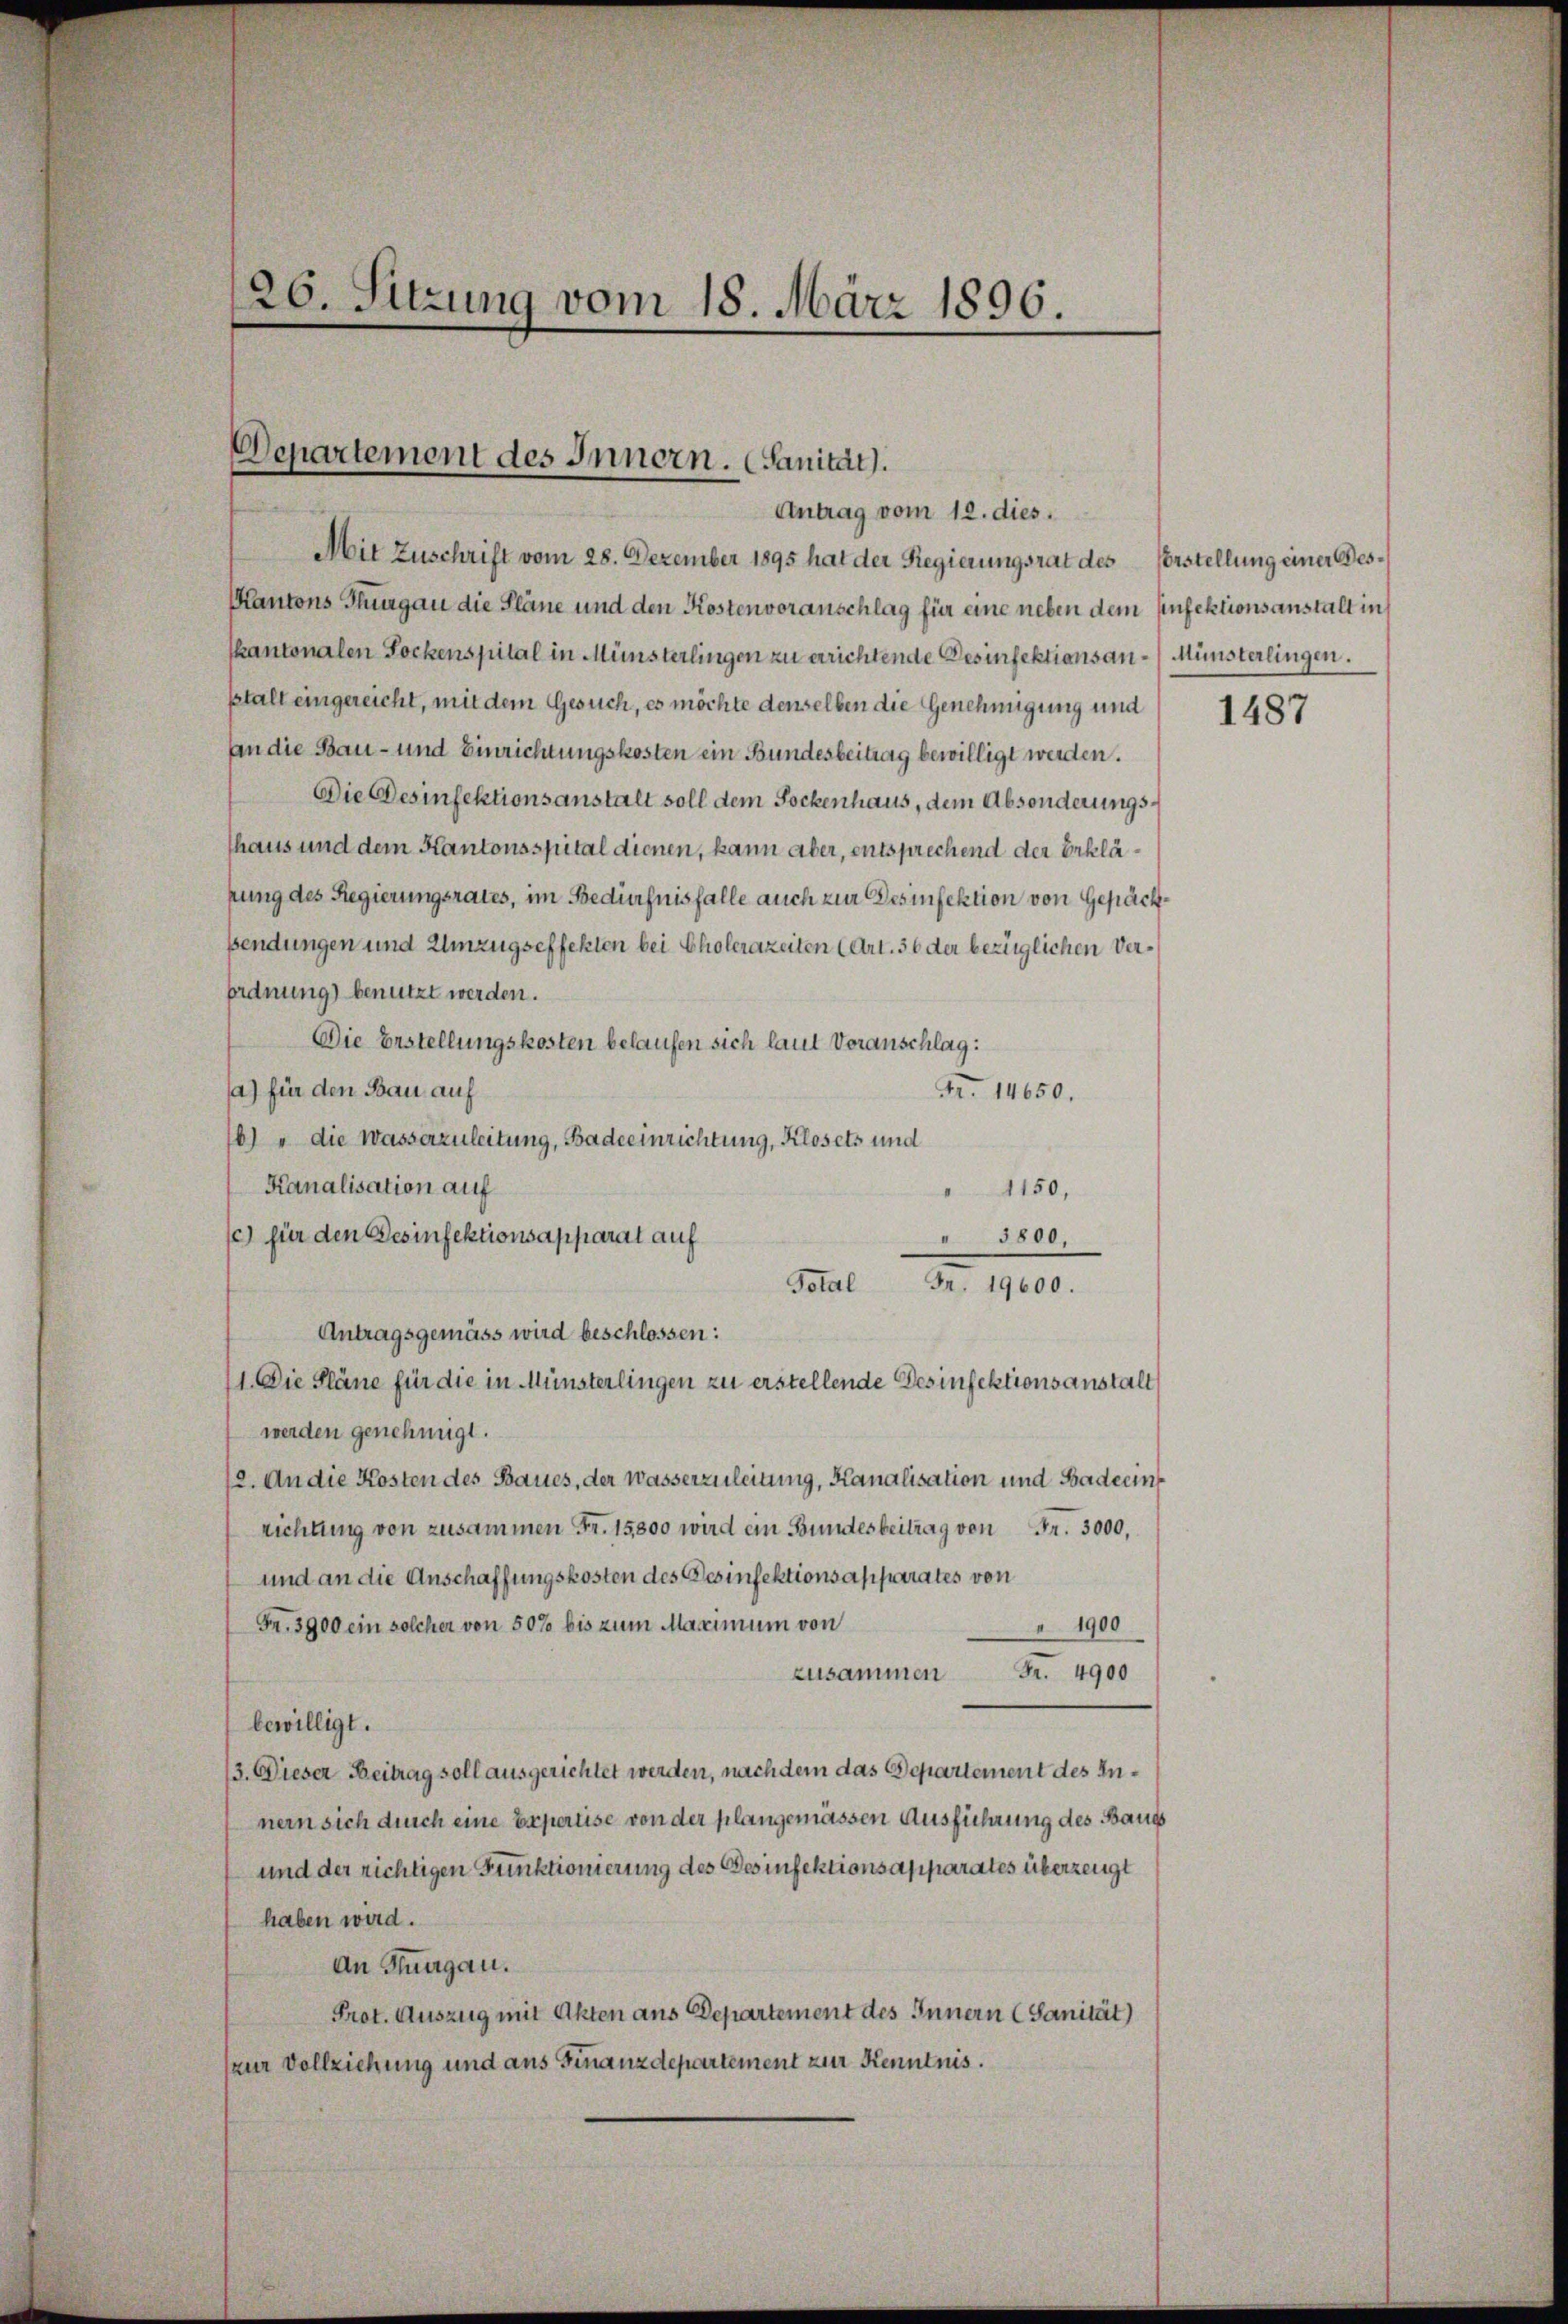
26. Sitzung vom 18. März 1896.

Departement des Innern. (Sanität.
Antrag vom 12. dies.

Mit Zuschrift vom 28. Dezember 1895 hat der Regierungsrat des Vorstellung einer Bes¬
Kantons Thurgau die Pläne und den Kostenvoranschlag für eine neben dem Einfektionsanstalt in
skantonalen Lockenspital in Münsterlingen zu errichtende Desinfektionsan-Münsterlingen.
stalt eingereicht, mit dem Gesuch, es möchte denselben die Genehmigung und
An die Bau- und Einrichtungskosten ein Bundesbeitrag bewilligt werden.
Die Desinfektionsanstalt soll dem Sockenhaus, dem Absonderungsthaus und dem Kantonsspital dienen, kann aber, entsprechend der Erkläpung des Regierungsrates, im Bedürfnisfalle auch zur Desinfektion von Gepächsendungen und Umzugseffekten bei Cholerazeiten (Art. 36 der bezüglichen Ver¬
Ordnung benutzt werden.
Die Erstellungskosten belaufen sich laut Voranschlag:
(a) für den Bau auf
Fr. 14650.
6) " die Wasserzuleitung, Badeeinrichtung, Klosets und
Kanalisation auf
1150,
(c) für den Besinfektionsapparat auf
" 3800,
Total
N. 110.
Antragsgemäss wird beschlossen:
11. Die Pläne für die in Münsterlingen zu erstellende Desinfektionsanstalt
werden genehmigt.
12. An die Kosten des Baues, der Wasserzuleitung, Kanalisation und Badecinrichtung von zusammen Fr. 15800 wird ein Bundesbeitrag von Fr. 3000.
und an die Anschaffungskosten des Desinfektionsapparates von
Fr. 3900 ein solcher von 50% bis zum Maximum von
1900
Fr. 4900
zusammen
bewilligt.
13. Dieser Beitrag soll ausgerichtet werden, nach dem das Departement des Innern sich durch eine Expertise von der plangemässen Ausführung des Baue
und der richtigen Funktionierung des Desinfektionsapparates überzeugt
haben wird.
An Thurgau.
Prot. Auszug mit Akten aus Departement des Innern (Sanität)
(zur Vollziehung und aus Finanzdepartement zur Kenntnis.

1487